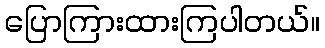
ပြောကြားထားကြပါတယ်။